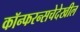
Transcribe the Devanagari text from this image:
कॉन्फरन्सचेदेखील